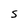
Character: S